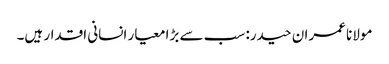
مولانا عمران حیدر: سب سے بڑا معیار انسانی اقدار ہیں۔